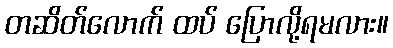
တဆိတ်လောက် ထပ် ပြောလို့ရမလား။